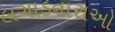
લગાડનારાઓ